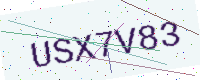
Text: USX7V83